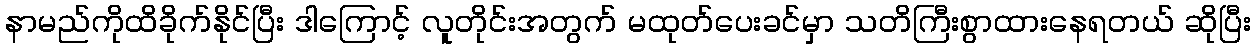
နာမည်ကိုထိခိုက်နိုင်ပြီး ဒါကြောင့် လူတိုင်းအတွက် မထုတ်ပေးခင်မှာ သတိကြီးစွာထားနေရတယ် ဆိုပြီး